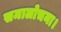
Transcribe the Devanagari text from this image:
समालोचना।